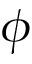
\phi